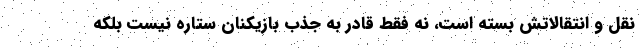
نقل و انتقالاتش بسته است، نه فقط قادر به جذب بازیکنان ستاره نیست بلکه